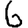
Digit: 6